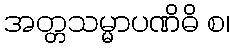
အတ္တသမ္မာပဏိဓိ စ၊